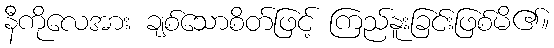
နီကိုလေအား ချစ်သောစိတ်ဖြင့် ကြည်နူးခြင်းဖြစ်မိ၏။